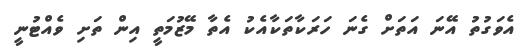
އެވަގުތު އޭނަ އަތަށް ގެނަ ހަރަކާތަކާއެކު އެތާ މޭޒުމަތީ އިން ތަށި ވެއްޓުނީ